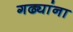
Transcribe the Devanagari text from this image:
गढ्यांना